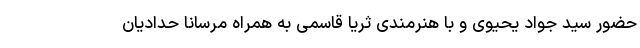
حضور سید جواد یحیوی و با هنرمندی ثریا قاسمی به همراه مرسانا حدادیان